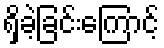
ရှိခဲ့ခြင်းကြောင့်